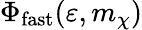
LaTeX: \Phi_{\mathrm{fast}}(\varepsilon,m_{\chi})